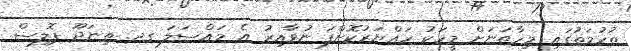
ތުހުމަތުގައި މިހާތަނަށް މީހަކު ހައްޔަރުކޮށްފަ ނުވާއިރު އެ މައްސަލަ ގދ. ތިނަދޫ ޕޮލިސް